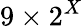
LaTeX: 9\times 2^{X}